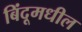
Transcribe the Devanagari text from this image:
बिंदूमधील